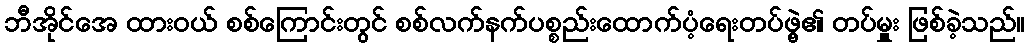
ဘီအိုင်အေ ထားဝယ် စစ်ကြောင်းတွင် စစ်လက်နက်ပစ္စည်းထောက်ပံ့ရေးတပ်ဖွဲ့၏ တပ်မှူး ဖြစ်ခဲ့သည်။